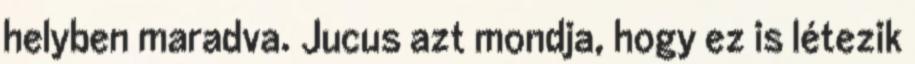
helyben maradva. Jucus azt mondja, hogy ez is létezik